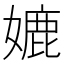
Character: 㜙